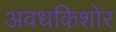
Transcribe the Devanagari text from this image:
अवधकिशोर